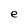
Character: e